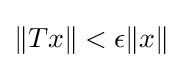
\|Tx\|<\epsilon \|x\|